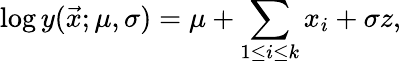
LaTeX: \log y(\vec{x};\mu,\sigma)=\mu+\sum_{1\leq i\leq k}x_{i}+\sigma z,